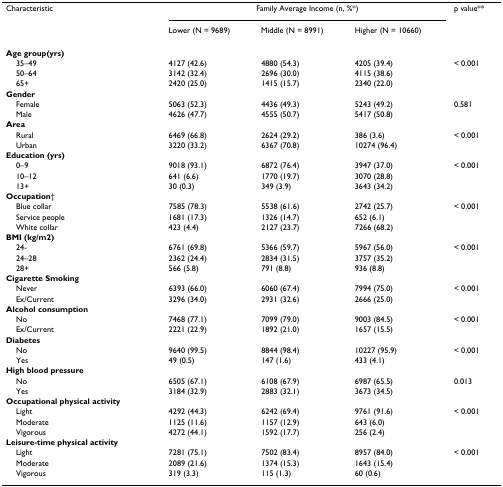
<table><thead><tr><td><b>Characteristic</b></td><td colspan="3"><b>Family Average Income (n, %*)</b></td><td><b>p value**</b></td></tr><tr><td></td><td><b>Lower (N = 9689)</b></td><td><b>Middle (N = 8991)</b></td><td><b>Higher (N = 10660)</b></td><td></td></tr></thead><tbody><tr><td><b>Age group(yrs)</b></td><td></td><td></td><td></td><td></td></tr><tr><td> 35–49</td><td>4127 (42.6)</td><td>4880 (54.3)</td><td>4205 (39.4)</td><td>&lt; 0.001</td></tr><tr><td> 50–64</td><td>3142 (32.4)</td><td>2696 (30.0)</td><td>4115 (38.6)</td><td></td></tr><tr><td> 65+</td><td>2420 (25.0)</td><td>1415 (15.7)</td><td>2340 (22.0)</td><td></td></tr><tr><td><b>Gender</b></td><td></td><td></td><td></td><td></td></tr><tr><td> Female</td><td>5063 (52.3)</td><td>4436 (49.3)</td><td>5243 (49.2)</td><td>0.581</td></tr><tr><td> Male</td><td>4626 (47.7)</td><td>4555 (50.7)</td><td>5417 (50.8)</td><td></td></tr><tr><td><b>Area</b></td><td></td><td></td><td></td><td></td></tr><tr><td> Rural</td><td>6469 (66.8)</td><td>2624 (29.2)</td><td>386 (3.6)</td><td>&lt; 0.001</td></tr><tr><td> Urban</td><td>3220 (33.2)</td><td>6367 (70.8)</td><td>10274 (96.4)</td><td></td></tr><tr><td><b>Education (yrs)</b></td><td></td><td></td><td></td><td></td></tr><tr><td> 0–9</td><td>9018 (93.1)</td><td>6872 (76.4)</td><td>3947 (37.0)</td><td>&lt; 0.001</td></tr><tr><td> 10–12</td><td>641 (6.6)</td><td>1770 (19.7)</td><td>3070 (28.8)</td><td></td></tr><tr><td> 13+</td><td>30 (0.3)</td><td>349 (3.9)</td><td>3643 (34.2)</td><td></td></tr><tr><td><b>Occupation</b>†</td><td></td><td></td><td></td><td></td></tr><tr><td> Blue collar</td><td>7585 (78.3)</td><td>5538 (61.6)</td><td>2742 (25.7)</td><td>&lt; 0.001</td></tr><tr><td> Service people</td><td>1681 (17.3)</td><td>1326 (14.7)</td><td>652 (6.1)</td><td></td></tr><tr><td> White collar</td><td>423 (4.4)</td><td>2127 (23.7)</td><td>7266 (68.2)</td><td></td></tr><tr><td><b>BMI (kg/m2)</b></td><td></td><td></td><td></td><td></td></tr><tr><td> 24-</td><td>6761 (69.8)</td><td>5366 (59.7)</td><td>5967 (56.0)</td><td>&lt; 0.001</td></tr><tr><td> 24–28</td><td>2362 (24.4)</td><td>2834 (31.5)</td><td>3757 (35.2)</td><td></td></tr><tr><td> 28+</td><td>566 (5.8)</td><td>791 (8.8)</td><td>936 (8.8)</td><td></td></tr><tr><td><b>Cigarette Smoking</b></td><td></td><td></td><td></td><td></td></tr><tr><td> Never</td><td>6393 (66.0)</td><td>6060 (67.4)</td><td>7994 (75.0)</td><td>&lt; 0.001</td></tr><tr><td> Ex/Current</td><td>3296 (34.0)</td><td>2931 (32.6)</td><td>2666 (25.0)</td><td></td></tr><tr><td><b>Alcohol consumption</b></td><td></td><td></td><td></td><td></td></tr><tr><td> No</td><td>7468 (77.1)</td><td>7099 (79.0)</td><td>9003 (84.5)</td><td>&lt; 0.001</td></tr><tr><td> Ex/Current</td><td>2221 (22.9)</td><td>1892 (21.0)</td><td>1657 (15.5)</td><td></td></tr><tr><td><b>Diabetes</b></td><td></td><td></td><td></td><td></td></tr><tr><td> No</td><td>9640 (99.5)</td><td>8844 (98.4)</td><td>10227 (95.9)</td><td>&lt; 0.001</td></tr><tr><td> Yes</td><td>49 (0.5)</td><td>147 (1.6)</td><td>433 (4.1)</td><td></td></tr><tr><td><b>High blood pressure</b></td><td></td><td></td><td></td><td></td></tr><tr><td> No</td><td>6505 (67.1)</td><td>6108 (67.9)</td><td>6987 (65.5)</td><td>0.013</td></tr><tr><td> Yes</td><td>3184 (32.9)</td><td>2883 (32.1)</td><td>3673 (34.5)</td><td></td></tr><tr><td><b>Occupational physical activity</b></td><td></td><td></td><td></td><td></td></tr><tr><td> Light</td><td>4292 (44.3)</td><td>6242 (69.4)</td><td>9761 (91.6)</td><td>&lt; 0.001</td></tr><tr><td> Moderate</td><td>1125 (11.6)</td><td>1157 (12.9)</td><td>643 (6.0)</td><td></td></tr><tr><td> Vigorous</td><td>4272 (44.1)</td><td>1592 (17.7)</td><td>256 (2.4)</td><td></td></tr><tr><td><b>Leisure-time physical activity</b></td><td></td><td></td><td></td><td></td></tr><tr><td> Light</td><td>7281 (75.1)</td><td>7502 (83.4)</td><td>8957 (84.0)</td><td>&lt; 0.001</td></tr><tr><td> Moderate</td><td>2089 (21.6)</td><td>1374 (15.3)</td><td>1643 (15.4)</td><td></td></tr><tr><td> Vigorous</td><td>319 (3.3)</td><td>115 (1.3)</td><td>60 (0.6)</td><td></td></tr></tbody></table>